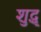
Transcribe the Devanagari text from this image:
शुद्ध्